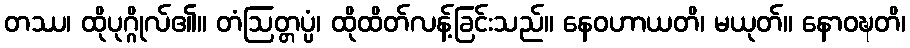
တဿ၊ ထိုပုဂ္ဂိုလ်၏။ တံဩတ္တပ္ပံ၊ ထိုထိတ်လန့်ခြင်းသည်။ နေဝဟာယတိ၊ မယုတ်။ နောဝဍ္ဎတိ၊